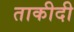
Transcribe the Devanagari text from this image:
ताकीदी